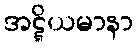
အဋ္ဋိယမာနာ